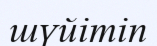
шүйітіп